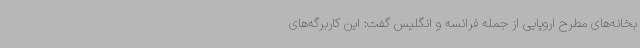
بخانه‌های مطرح اروپایی از جمله فرانسه و انگلیس گفت: این کاربرگه‌های